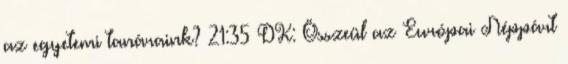
az egyetemi tanáraink? 21:35 DK: Összeül az Európai Néppárt